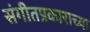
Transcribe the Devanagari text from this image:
संगीतप्रकाराच्या